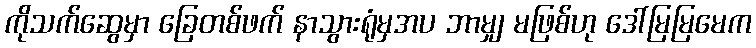
ကိုသက်ဆွေမှာ ခြေတစ်ဖက် နာသွားရုံမှအပ ဘာမျှ မဖြစ်ဟု ဒေါ်မြမြမေက